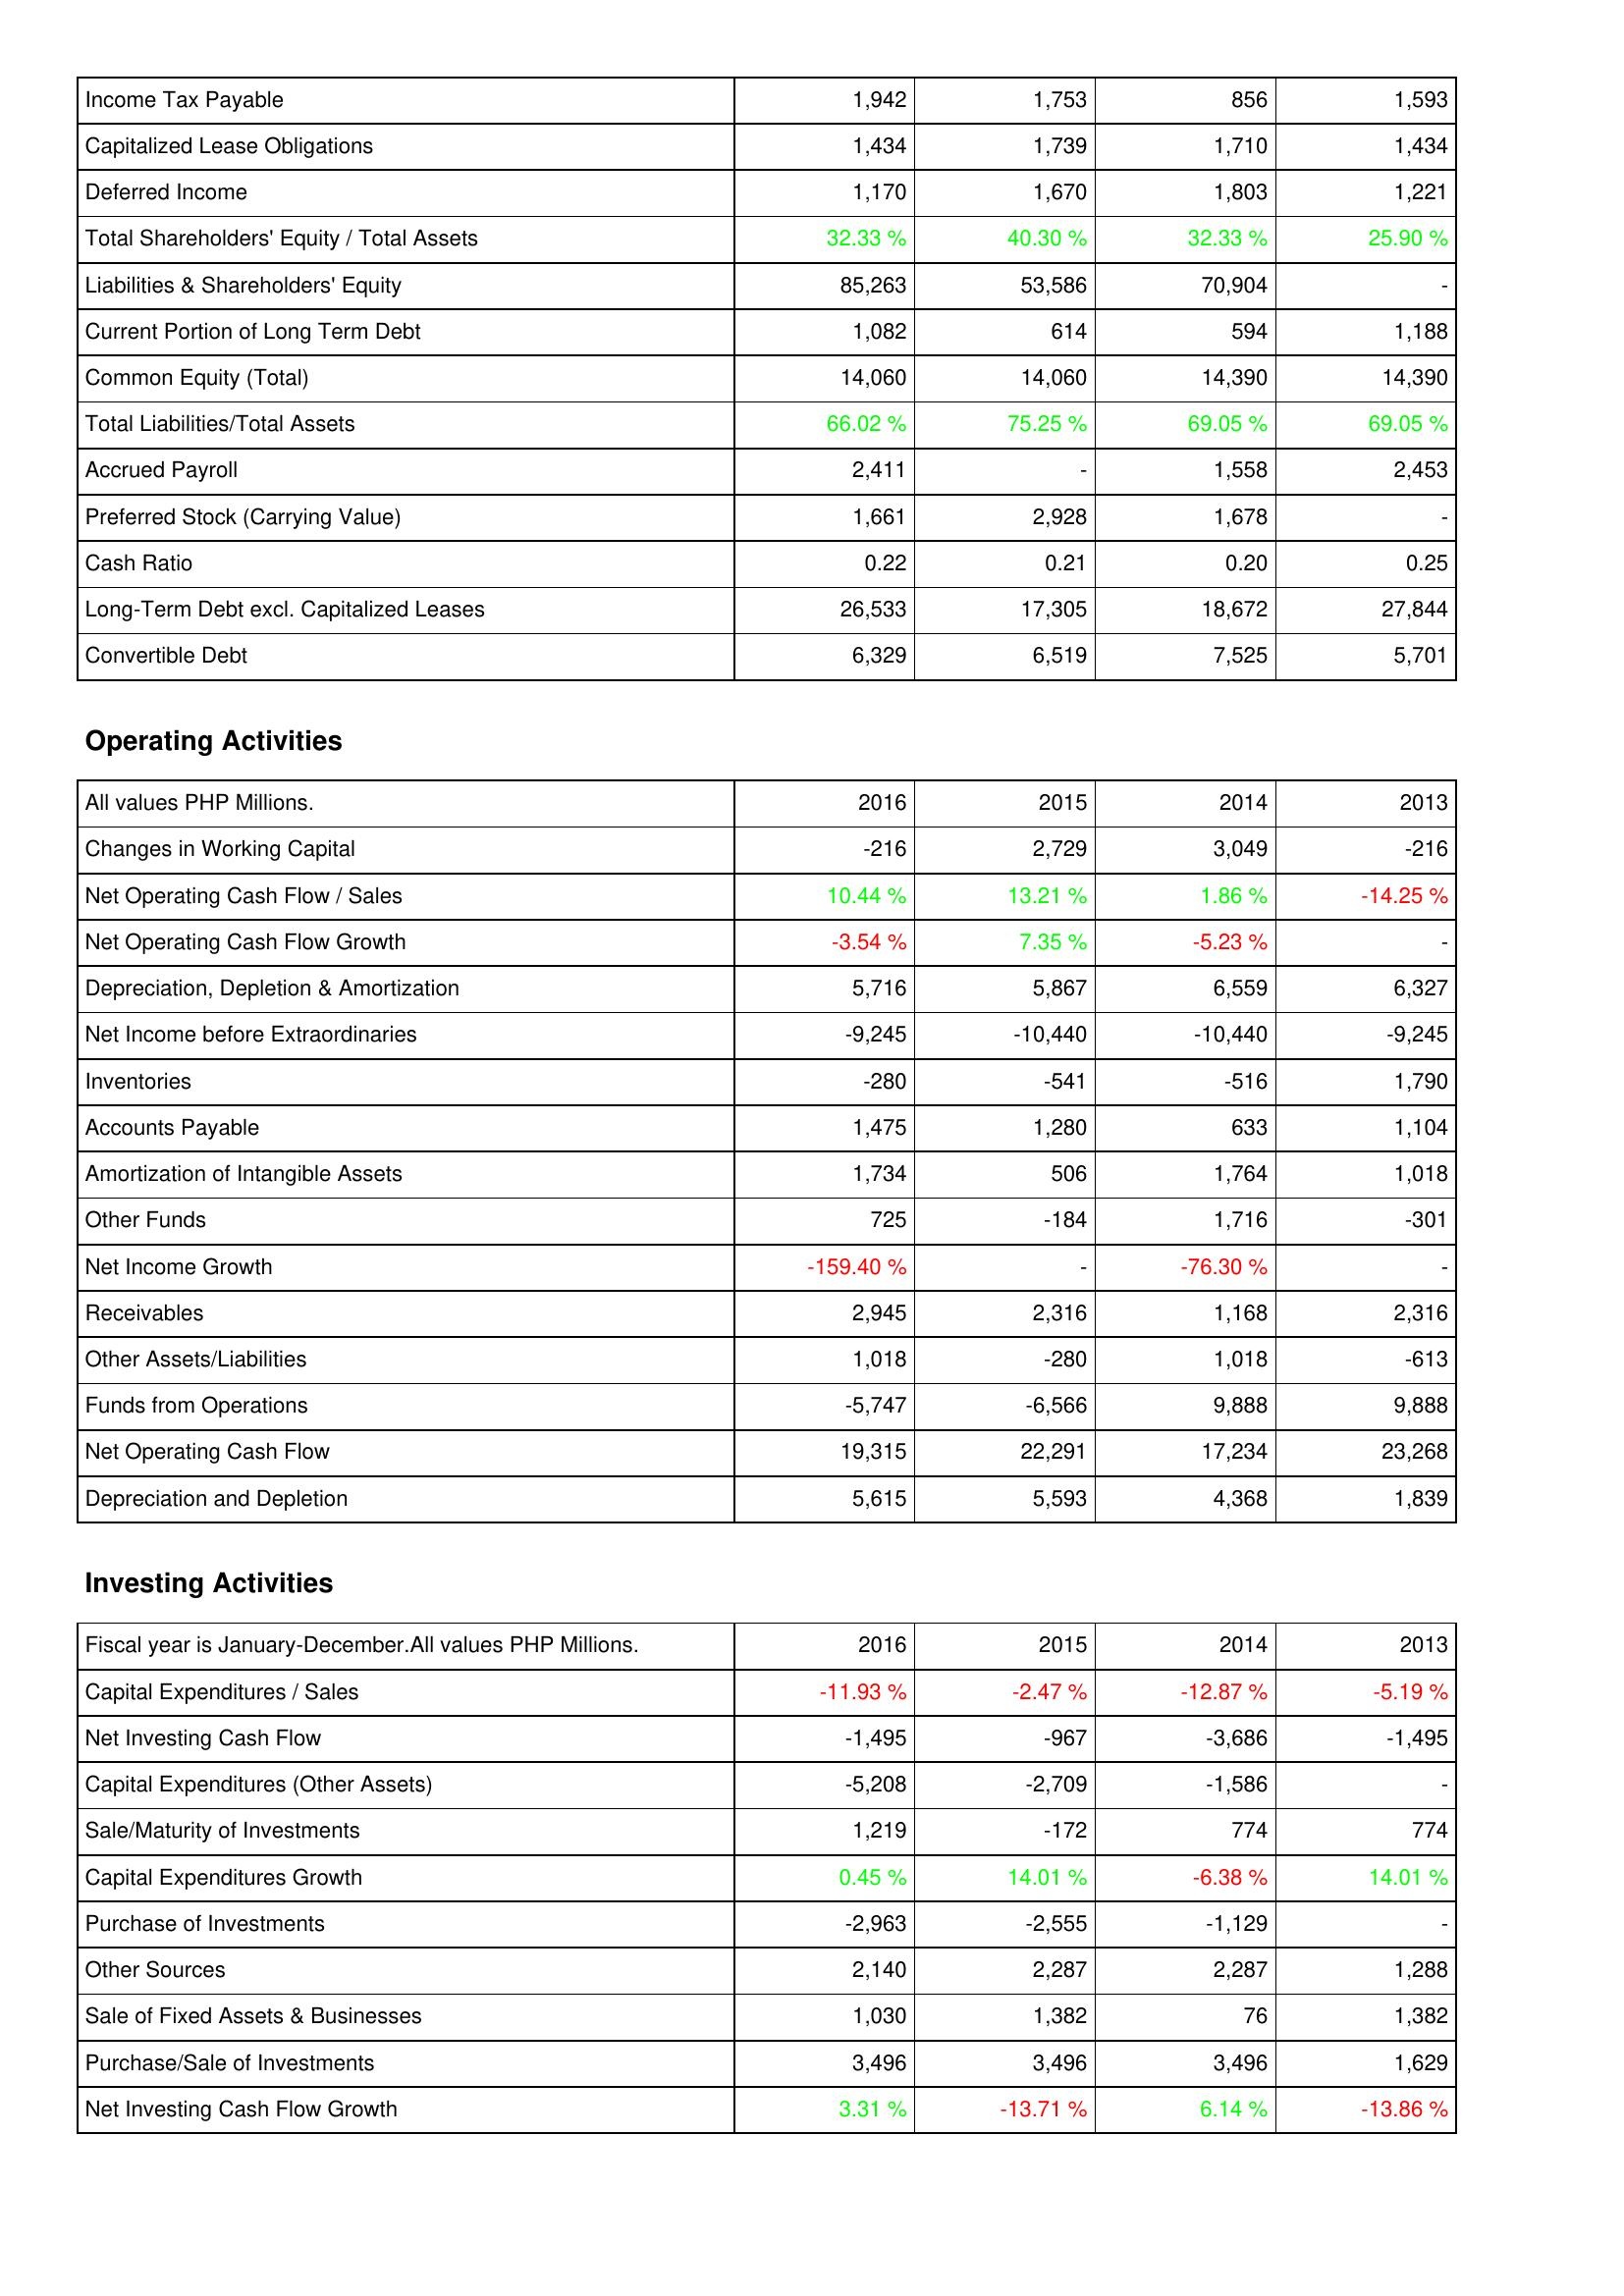
2016: Liabilities & Shareholders' Equity: Income Tax Payable: 1,942
Capitalized Lease Obligations: 1,434
Deferred Income: 1,170
Total Shareholders' Equity / Total Assets: 32.33 %
Liabilities & Shareholders' Equity: 85,263
Current Portion of Long Term Debt: 1,082
Common Equity (Total): 14,060
Total Liabilities/Total Assets: 66.02 %
Accrued Payroll: 2,411
Preferred Stock (Carrying Value): 1,661
Cash Ratio: 0.22
Long-Term Debt excl. Capitalized Leases: 26,533
Convertible Debt: 6,329
Operating Activities: Changes in Working Capital: -216
Net Operating Cash Flow / Sales: 10.44 %
Net Operating Cash Flow Growth: -3.54 %
Depreciation, Depletion & Amortization: 5,716
Net Income before Extraordinaries: -9,245
Inventories: -280
Accounts Payable: 1,475
Amortization of Intangible Assets: 1,734
Other Funds: 725
Net Income Growth: -159.40 %
Receivables: 2,945
Other Assets/Liabilities: 1,018
Funds from Operations: -5,747
Net Operating Cash Flow: 19,315
Depreciation and Depletion: 5,615
Investing Activities: Capital Expenditures / Sales: -11.93 %
Net Investing Cash Flow: -1,495
Capital Expenditures (Other Assets): -5,208
Sale/Maturity of Investments: 1,219
Capital Expenditures Growth: 0.45 %
Purchase of Investments: -2,963
Other Sources: 2,140
Sale of Fixed Assets & Businesses: 1,030
Purchase/Sale of Investments: 3,496
Net Investing Cash Flow Growth: 3.31 %
2015: Liabilities & Shareholders' Equity: Income Tax Payable: 1,753
Capitalized Lease Obligations: 1,739
Deferred Income: 1,670
Total Shareholders' Equity / Total Assets: 40.30 %
Liabilities & Shareholders' Equity: 53,586
Current Portion of Long Term Debt: 614
Common Equity (Total): 14,060
Total Liabilities/Total Assets: 75.25 %
Accrued Payroll: -
Preferred Stock (Carrying Value): 2,928
Cash Ratio: 0.21
Long-Term Debt excl. Capitalized Leases: 17,305
Convertible Debt: 6,519
Operating Activities: Changes in Working Capital: 2,729
Net Operating Cash Flow / Sales: 13.21 %
Net Operating Cash Flow Growth: 7.35 %
Depreciation, Depletion & Amortization: 5,867
Net Income before Extraordinaries: -10,440
Inventories: -541
Accounts Payable: 1,280
Amortization of Intangible Assets: 506
Other Funds: -184
Net Income Growth: -
Receivables: 2,316
Other Assets/Liabilities: -280
Funds from Operations: -6,566
Net Operating Cash Flow: 22,291
Depreciation and Depletion: 5,593
Investing Activities: Capital Expenditures / Sales: -2.47 %
Net Investing Cash Flow: -967
Capital Expenditures (Other Assets): -2,709
Sale/Maturity of Investments: -172
Capital Expenditures Growth: 14.01 %
Purchase of Investments: -2,555
Other Sources: 2,287
Sale of Fixed Assets & Businesses: 1,382
Purchase/Sale of Investments: 3,496
Net Investing Cash Flow Growth: -13.71 %
2014: Liabilities & Shareholders' Equity: Income Tax Payable: 856
Capitalized Lease Obligations: 1,710
Deferred Income: 1,803
Total Shareholders' Equity / Total Assets: 32.33 %
Liabilities & Shareholders' Equity: 70,904
Current Portion of Long Term Debt: 594
Common Equity (Total): 14,390
Total Liabilities/Total Assets: 69.05 %
Accrued Payroll: 1,558
Preferred Stock (Carrying Value): 1,678
Cash Ratio: 0.20
Long-Term Debt excl. Capitalized Leases: 18,672
Convertible Debt: 7,525
Operating Activities: Changes in Working Capital: 3,049
Net Operating Cash Flow / Sales: 1.86 %
Net Operating Cash Flow Growth: -5.23 %
Depreciation, Depletion & Amortization: 6,559
Net Income before Extraordinaries: -10,440
Inventories: -516
Accounts Payable: 633
Amortization of Intangible Assets: 1,764
Other Funds: 1,716
Net Income Growth: -76.30 %
Receivables: 1,168
Other Assets/Liabilities: 1,018
Funds from Operations: 9,888
Net Operating Cash Flow: 17,234
Depreciation and Depletion: 4,368
Investing Activities: Capital Expenditures / Sales: -12.87 %
Net Investing Cash Flow: -3,686
Capital Expenditures (Other Assets): -1,586
Sale/Maturity of Investments: 774
Capital Expenditures Growth: -6.38 %
Purchase of Investments: -1,129
Other Sources: 2,287
Sale of Fixed Assets & Businesses: 76
Purchase/Sale of Investments: 3,496
Net Investing Cash Flow Growth: 6.14 %
2013: Liabilities & Shareholders' Equity: Income Tax Payable: 1,593
Capitalized Lease Obligations: 1,434
Deferred Income: 1,221
Total Shareholders' Equity / Total Assets: 25.90 %
Liabilities & Shareholders' Equity: -
Current Portion of Long Term Debt: 1,188
Common Equity (Total): 14,390
Total Liabilities/Total Assets: 69.05 %
Accrued Payroll: 2,453
Preferred Stock (Carrying Value): -
Cash Ratio: 0.25
Long-Term Debt excl. Capitalized Leases: 27,844
Convertible Debt: 5,701
Operating Activities: Changes in Working Capital: -216
Net Operating Cash Flow / Sales: -14.25 %
Net Operating Cash Flow Growth: -
Depreciation, Depletion & Amortization: 6,327
Net Income before Extraordinaries: -9,245
Inventories: 1,790
Accounts Payable: 1,104
Amortization of Intangible Assets: 1,018
Other Funds: -301
Net Income Growth: -
Receivables: 2,316
Other Assets/Liabilities: -613
Funds from Operations: 9,888
Net Operating Cash Flow: 23,268
Depreciation and Depletion: 1,839
Investing Activities: Capital Expenditures / Sales: -5.19 %
Net Investing Cash Flow: -1,495
Capital Expenditures (Other Assets): -
Sale/Maturity of Investments: 774
Capital Expenditures Growth: 14.01 %
Purchase of Investments: -
Other Sources: 1,288
Sale of Fixed Assets & Businesses: 1,382
Purchase/Sale of Investments: 1,629
Net Investing Cash Flow Growth: -13.86 %